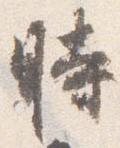
時